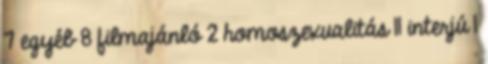
7 egyéb 8 filmajánló 2 homoszexualitás 11 interjú 1